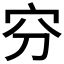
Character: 𡧋